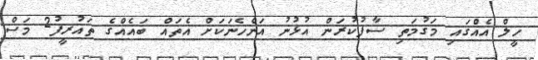
ހީލް އެއްގައި މަގުމަތި ސާފުކުރަން އުޅުނު އަންހެނަކަށް އެތައް ބައެއްގެ ތައުރީފު2 މަސް